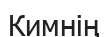
Кимнің